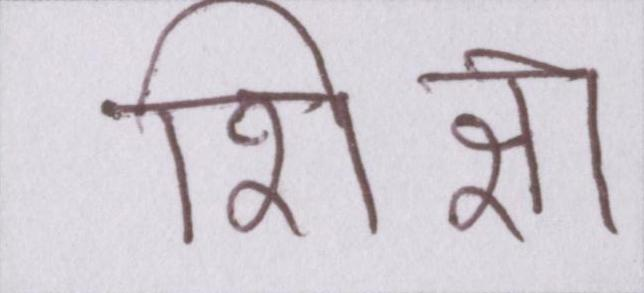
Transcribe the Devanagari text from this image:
शिक्षा